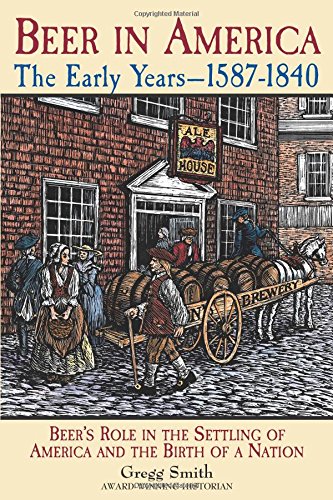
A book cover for Beer in America: The Early Years--1587-1840: Beer's Role in the Settling of America and the Birth of a Nation; Gregg Smith; Cookbooks, Food & Wine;